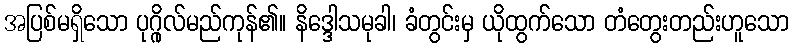
အပြစ်မရှိသော ပုဂ္ဂိုလ်မည်ကုန်၏။ နိဒ္ဒေါသမုခါ၊ ခံတွင်းမှ ယိုထွက်သော တံတွေးတည်းဟူသော